Vaccine operations Central Provinces 1886-1899 - 1886-1899
Year: 1886
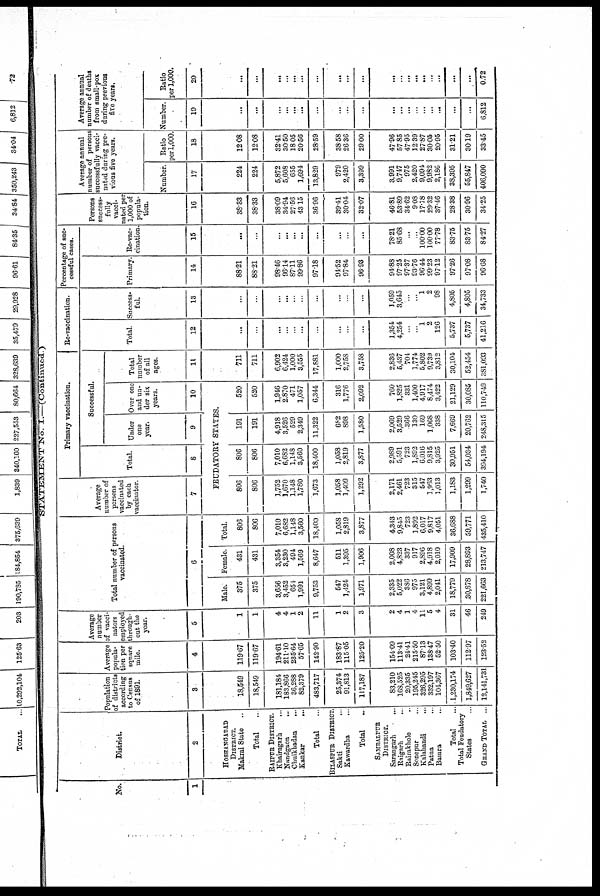
STATEMENT No. I.—(Continued )
No.
1
District.
2
HOSHANGABAD
DISTRICT.
Makrai State
..
Total ...
RAIPUR DISTRICT.
Khairagarh ...
Nandgaon
..
Chuikhadan
...
Kankar ...
Total ...
BILASPUR DISTRICT.
Sakti ...
Kawardha ...
Total ...
SAMBALPUR
DISTRICT.
Sarangarh
...
Raigarh
...
Rairakhole ...
Sonepur ...
Kalahandi
...
Patna ...
Bamra ...
Total ...
Total Feudatory
States ...
GRAND TOTAL ...
Population
of districts
according
to Census
of 1891.
3
18,549
18,549
181,184
183,866
36,288
82,379
483,717
25,374
91,813
117,187
83,210
168,525
20,335
195,245
326,295
332,197
104,367
1,230,174
1,849,627
12,141,731
Average
popula-
tion per
square
mile.
4
119.67
119.67
194.61
211.10
235.64
57.65
142.90
183.87
115.05
125.20
154.09
113.41
24.41
215.50
87.13
138.47
52.50
103.40
112.97
123.52
Average
number
of vacci-
nators
employed
through-
out the
year.
5
1
1
4
4
1
2
11
1
2
3
2
4
1
4
11
5
4
31
46
249
Total number of persons
vaccinated.
6
Male.
375
375
3,656
3,452
654
1,991
9,753
547
1,424
1,971
2,335
5,022
386
975
3,121
4,899
2,041
18,779
30,878
221,663
Female.
431
431
3,354
8,230
494
1,569
8,647
511
1,395
1,906
2,008
4,823
337
917
2,896
4,918
2,010
17,909
28,893
213,747
Total.
806
806
7,010
6,682
1,148
3,560
18,400
1,058
2,819
3,877
4,343
9,845
723
1,892
6,017
9,817
4,051
36,688
59,771
435,410
Average
number of
persons
vaccinated
by each
vaccinator.
7
Primary vaccination.
Total.
8
Successful.
Under
one
year.
9
Over one
and un-
der six
years.
10
FEUDATORY STATES.
806
806
1,752
1,670
1,148
1,780
1,673
1,058
1,409
1,292
2,171
2,461
723
315
547
1,963
1,013
1,183
1,299
1,740
806
806
7,010
6,682
1,148
3,560
18,400
1,058
2,819
3,877
2,989
5,591
723
1,892
6,016
9,815
3,925
30,951
54,034
394,194
191
191
4,918
3,526
529
2,349
11,322
682
898
1,580
2,069
3,529
366
130
169
1,068
338
7,669
20,762
248,315
520
520
1,946
2,870
471
1,057
6,344
316
1,776
2,092
760
1,825
331
1,400
4,917
8,474
3,422
21,129
30,085
110,749
Total
number
of all
ages.
11
711
711
6,902
6,424
1,000
3,555
17,881
1,000
2,758
3,758
2,836
5,437
704
1,774
5,802
9,739
3,812
30,104
52,454
381,093
Re-vaccination.
Total.
12
...
...
...
...
...
...
...
...
...
...
1,354
4,254
...
...
1
2
126
5,737
5,737
41,216
Success¬
ful.
13
...
...
...
...
...
...
...
...
...
...
1,059
3,645
...
...
1
2
98
4,805
4,805
34,733
Percentage of suc¬
cessful cases.
Primary.
14
88.21
88.21
98.46
96.14
87.11
99.86
97.18
91.52
97.84
96.93
94.88
97.25
97.37
93.76
96.44
99.23
97.12
97.26
97.08
96.68
Re-vac-
cination.
15
...
...
...
...
...
...
...
...
...
...
78.21
85.68
...
...
100.00
100.00
77.78
83.75
83.75
84.27
Persons
success-
fully
vacci-
nated per
1,000 of
popula-
tion.
16
38.33
38.33
38.09
34.94
27.56
43.15
36.96
39.41
30.04
32.07
46.81
53.89
34.62
9.08
17.78
29.32
37.46
28.38
30.96
34.25
Average annual
number of persons
successfully vacci-
nated during pre-
vious five years.
Number.
17
224
224
5,872
5,608
655
1,694
13,829
979
2,420
3,399
3,991
9,747
975
2,420
9,094
9,982
2,186
38,395
55,847
406,090
Ratio
per 1,000.
18
12.08
12.08
32.41
30.50
18.05
20.56
28.59
38.58
26.36
29.00
47.96
57.85
47.95
12.39
27.87
30.05
20.95
31.21
30.19
33.45
Average annual
number of deaths
from small-pox
during previous
five years.
Number.
19
...
...
...
...
...
...
...
...
...
...
...
...
...
...
...
...
...
...
...
6,812
Ratio
per 1,000.
20
...
...
...
...
...
...
...
...
...
...
...
...
...
...
...
...
...
...
...
0.72